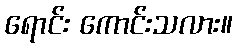
ရောင်း ကောင်းသလား။